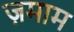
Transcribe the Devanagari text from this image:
ज़माम